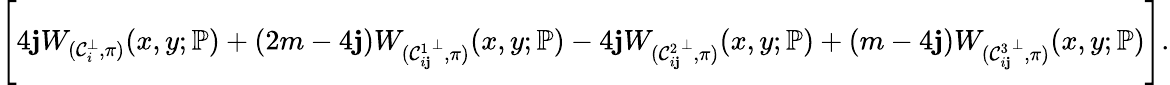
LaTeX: \Bigg[4\mathbf{j}W_{(\mathcal{{C}}_{i}^{\bot},\pi)}(x,y;\mathbb{{P}})+(2m-4\mathbf{j})W_{({\mathcal{{C}}_{i\mathbf{j}}^{1}}^{\bot},\pi)}(x,y;\mathbb{{P}})-4\mathbf{j}W_{({\mathcal{{C}}_{i\mathbf{j}}^{2}}^{\bot},\pi)}(x,y;\mathbb{{P}})+(m-4\mathbf{j})W_{({\mathcal{{C}}_{i\mathbf{j}}^{3}}^{\bot},\pi)}(x,y;\mathbb{{P}})\Bigg].